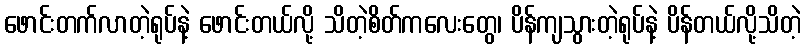
ဖောင်းတက်လာတဲ့ရုပ်နဲ့ ဖောင်းတယ်လို့ သိတဲ့စိတ်ကလေးတွေ၊ ပိန်ကျသွားတဲ့ရုပ်နဲ့ ပိန်တယ်လို့သိတဲ့